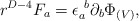
\begin{align*}r^{D-4}F_{a} = \epsilon_a^{\ b}\partial_b\Phi_{(V)},\end{align*}